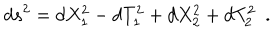
LaTeX: d s ^ { 2 } = d X _ { 1 } ^ { 2 } - d T _ { 1 } ^ { 2 } + d X _ { 2 } ^ { 2 } + d T _ { 2 } ^ { 2 } ~ ~ .